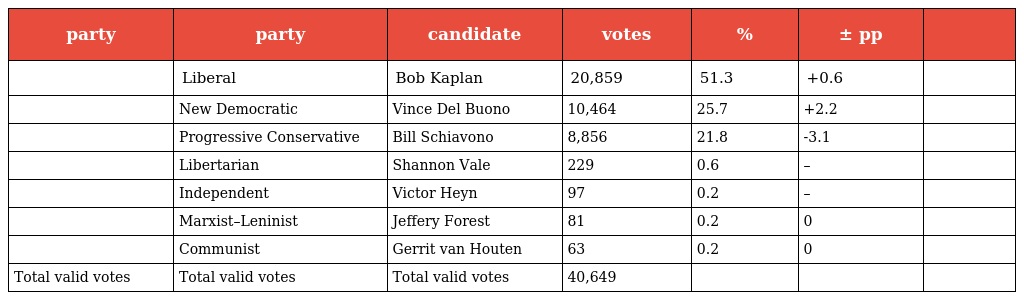
| party | party | candidate | votes | % | ± pp |  |
 | --- | --- | --- | --- | --- | --- | --- |
 |  | Liberal | Bob Kaplan | 20,859 | 51.3 | +0.6 |  |
 |  | New Democratic | Vince Del Buono | 10,464 | 25.7 | +2.2 |  |
 |  | Progressive Conservative | Bill Schiavono | 8,856 | 21.8 | -3.1 |  |
 |  | Libertarian | Shannon Vale | 229 | 0.6 | – |  |
 |  | Independent | Victor Heyn | 97 | 0.2 | – |  |
 |  | Marxist–Leninist | Jeffery Forest | 81 | 0.2 | 0 |  |
 |  | Communist | Gerrit van Houten | 63 | 0.2 | 0 |  |
 | Total valid votes | Total valid votes | Total valid votes | 40,649 |  |  |  |